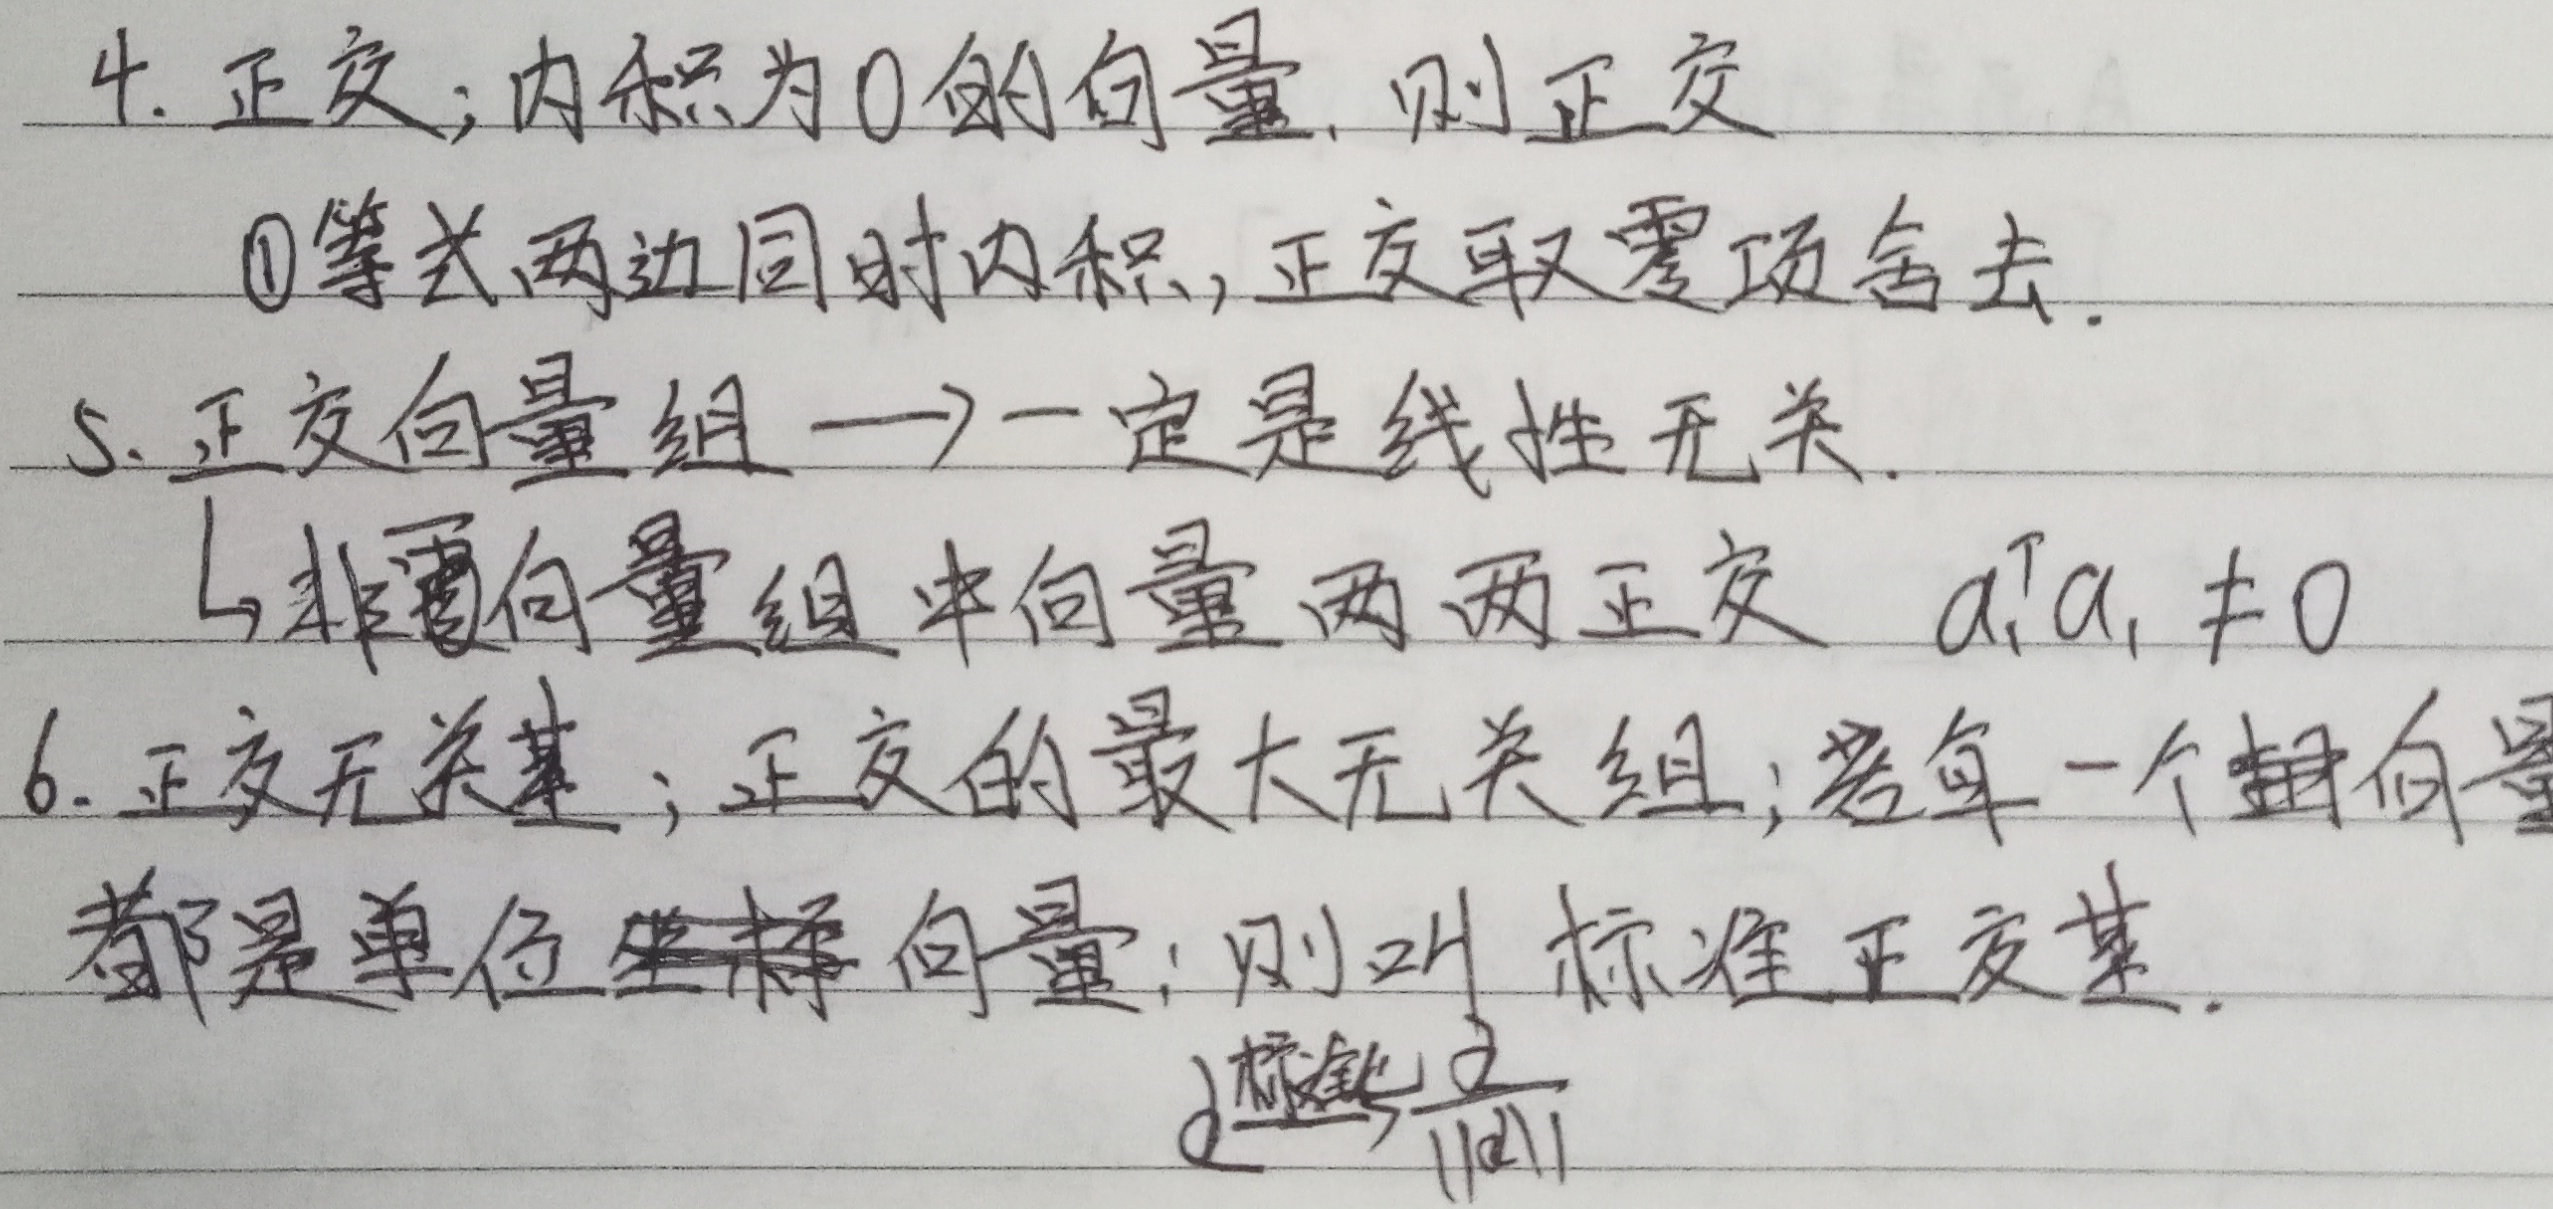
4. 正交：内积为0的向量，则正交。
   - \textcircled{1}等式两边同时内积，正交取零项舍去。
5. 正交向量组$\longrightarrow$一定是线性无关。
   - 与非零向量组中向量两两正交 $\boldsymbol{a}_i^T\boldsymbol{a}_i\neq0$
6. 正交无关基：正交的最大无关组；若每一个向量都是单位坐标向量，则叫标准正交基。
    - $\boldsymbol{a}\xrightarrow{标准化}\frac{\boldsymbol{a}}{\|\boldsymbol{a}\|}$